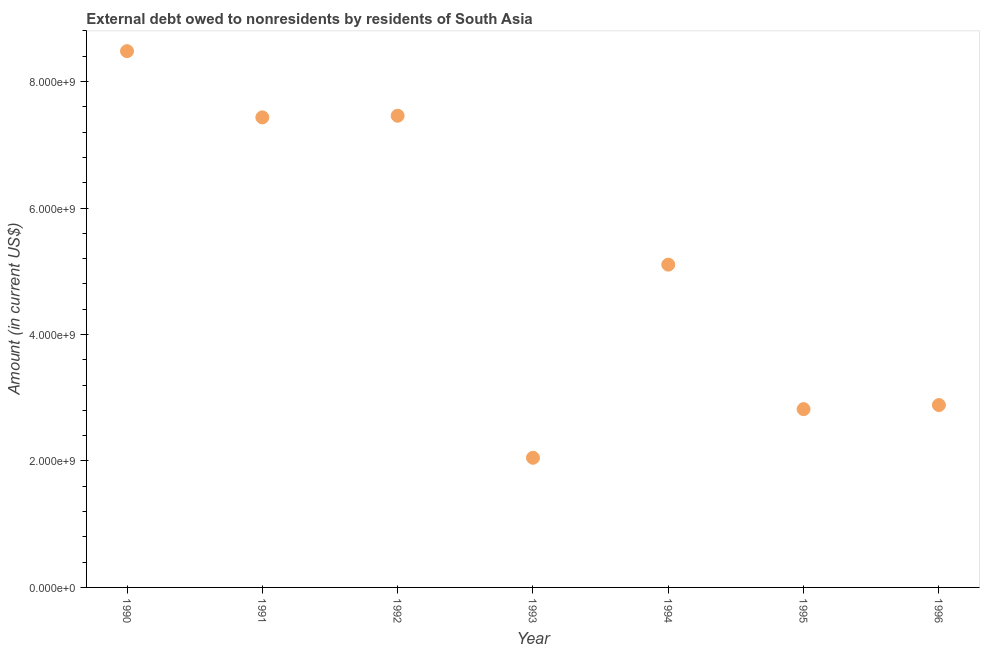
| Year | Debt |
 | --- | --- |
 | 1990 | 8.48e+09 |
 | 1991 | 7.43e+09 |
 | 1992 | 7.46e+09 |
 | 1993 | 2.05e+09 |
 | 1994 | 5.1e+09 |
 | 1995 | 2.82e+09 |
 | 1996 | 2.88e+09 |